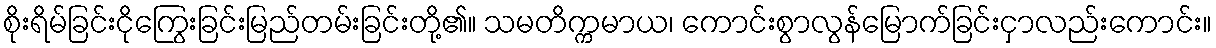
စိုးရိမ်ခြင်းငိုကြွေးခြင်းမြည်တမ်းခြင်းတို့၏။ သမတိက္ကမာယ၊ ကောင်းစွာလွန်မြောက်ခြင်းငှာလည်းကောင်း။